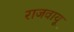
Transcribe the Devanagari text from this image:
राजवायू